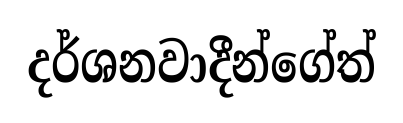
දර්ශනවාදීන්ගේත්